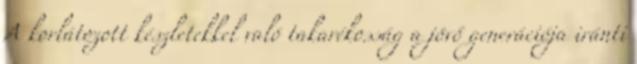
A korlátozott készletekkel való takarékosság a jövő generációja iránti